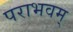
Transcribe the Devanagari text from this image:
पराभवम्‌